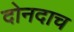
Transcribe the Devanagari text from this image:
दोनदाच